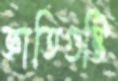
জ্ঞাতিগুষ্টি